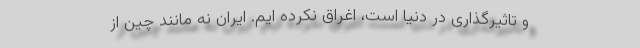
و تاثیرگذاری در دنیا است، اغراق نکرده ایم. ایران نه مانند چین از